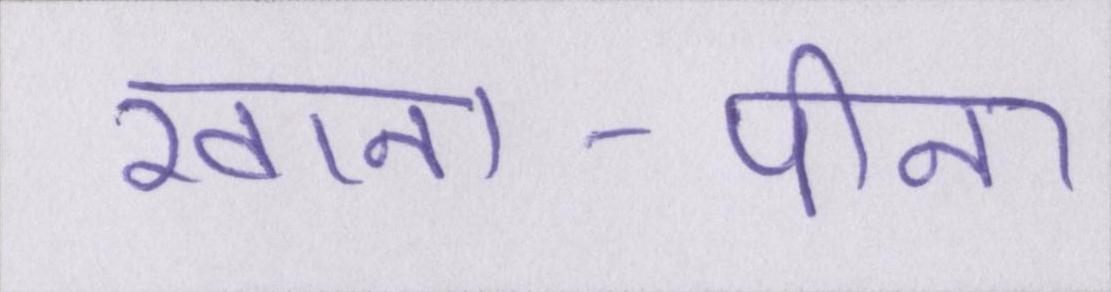
खाना-पीना